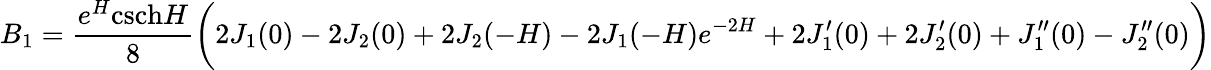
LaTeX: B_{1}=\frac{e^{H}\textrm{csch}H}{8}\bigg(2J_{1}(0)-2J_{2}(0)+2J_{2}(-H)-2J_{1}(-H)e^{-2H}+2J_{1}^{\prime}(0)+2J_{2}^{\prime}(0)+J_{1}^{\prime\prime}(0)-J_{2}^{\prime\prime}(0)\bigg)